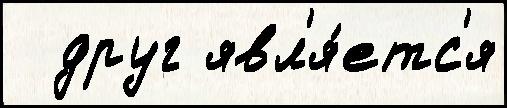
  друг явл'я́етс'я